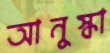
আনুস্কা